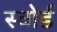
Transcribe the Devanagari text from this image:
स्‍वोर्ड